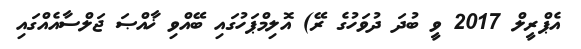
އެޕްރީލް 2017 ވީ ބުދަ ދުވަހުގެ ރޭ) އޮލިމްޕަހުގައި ބޭއްވި ޚާއްޞަ ޖަލްސާއެއްގައި